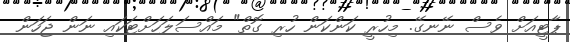
ޕާޓީއަށް ވެސް ނޭނގޭ. މިހުރީ ކަންކަން ހުރި ގޮތް" މައްސަލަހަށްޓަކައި ނަން ޖަހަން